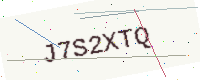
Text: J7S2XTQ